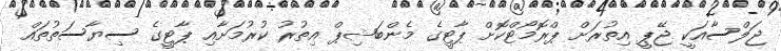
ޖަލްސާއަކީ ޖޭޕީ އިތުރަށް ޕްރޮމޯޓްކޮށް ޕާޓީގެ މެންބަޝިޕް އިތުރު ކުރުމަށާއި ޕާޓީގެ ސިޔާސަތުތައް